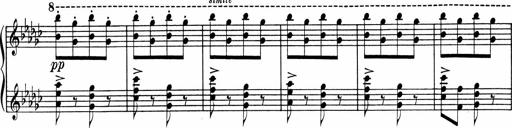
Title: Sonatine pour piano
Composer: Albert Roussel